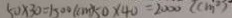
5 0 \times 3 0 = 1 5 0 0 ( c m ) 5 0 \times 4 0 = 2 0 0 0 ( c m ^ { 2 } )